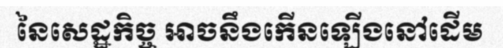
នៃសេដ្ឋកិច្ច អាចនឹងកើនឡើងនៅដើម